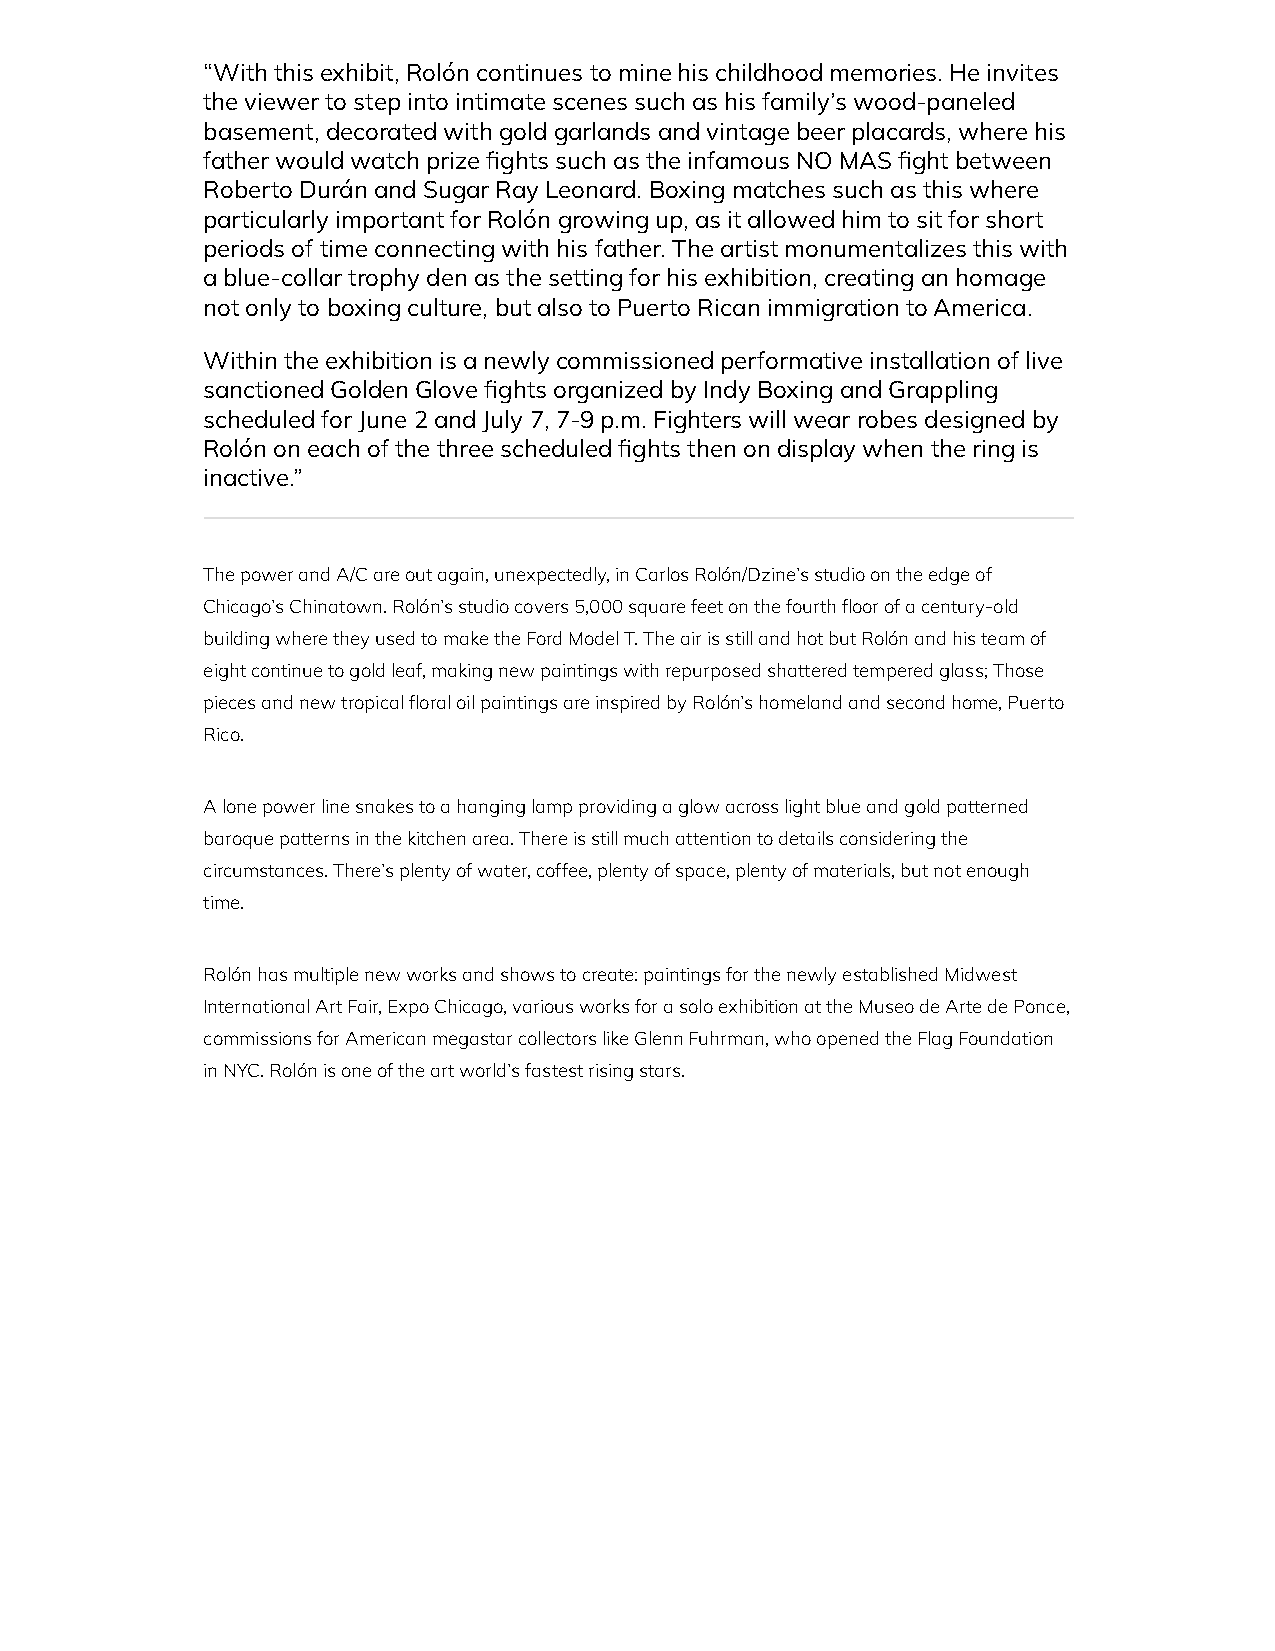
“With this exhibit, Rolón continues to mine his childhood memories. He invites
 the viewer to step into intimate scenes such as his family’s wood-paneled
 basement, decorated with gold garlands and vintage beer placards, where his
 father would watch prize ghts such as the infamous NO MAS ght between
 Roberto Durán and Sugar Ray Leonard. Boxing matches such as this where
 particularly important for Rolón growing up, as it allowed him to sit for short
 periods of time connecting with his father. The artist monumentalizes this with
 a blue-collar trophy den as the setting for his exhibition, creating an homage
 not only to boxing culture, but also to Puerto Rican immigration to America.
 Within the exhibition is a newly commissioned performative installation of live
 sanctioned Golden Glove ghts organized by Indy Boxing and Grappling
 scheduled for June 2 and July 7, 7-9 p.m. Fighters will wear robes designed by
 Rolón on each of the three scheduled ghts then on display when the ring is
 inactive.”
 The power and A/C are out again, unexpectedly, in Carlos Rolón/Dzine’s studio on the edge of
 Chicago’s Chinatown. Rolón’s studio covers 5,000 square feet on the fourth oor of a century-old
 building where they used to make the Ford Model T. The air is still and hot but Rolón and his team of
 eight continue to gold leaf, making new paintings with repurposed shattered tempered glass; Those
 pieces and new tropical oral oil paintings are inspired by Rolón’s homeland and second home, Puerto
 Rico.
 A lone power line snakes to a hanging lamp providing a glow across light blue and gold patterned
 baroque patterns in the kitchen area. There is still much attention to details considering the
 circumstances. There’s plenty of water, coffee, plenty of space, plenty of materials, but not enough
 time.
 Rolón has multiple new works and shows to create: paintings for the newly established Midwest
 International Art Fair, Expo Chicago, various works for a solo exhibition at the Museo de Arte de Ponce,
 commissions for American megastar collectors like Glenn Fuhrman, who opened the Flag Foundation
 in NYC. Rolón is one of the art world’s fastest rising stars.